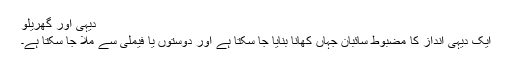
دیہی اور گھریلو
ایک دیہی اندازِ کا مضبوط سائبان جہاں كھانا بنایا جا سکتا ہے اور دوستوں یا فیملی سے ملا جا سکتا ہے۔